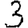
Digit: 3